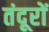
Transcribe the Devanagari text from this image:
तंदूरों